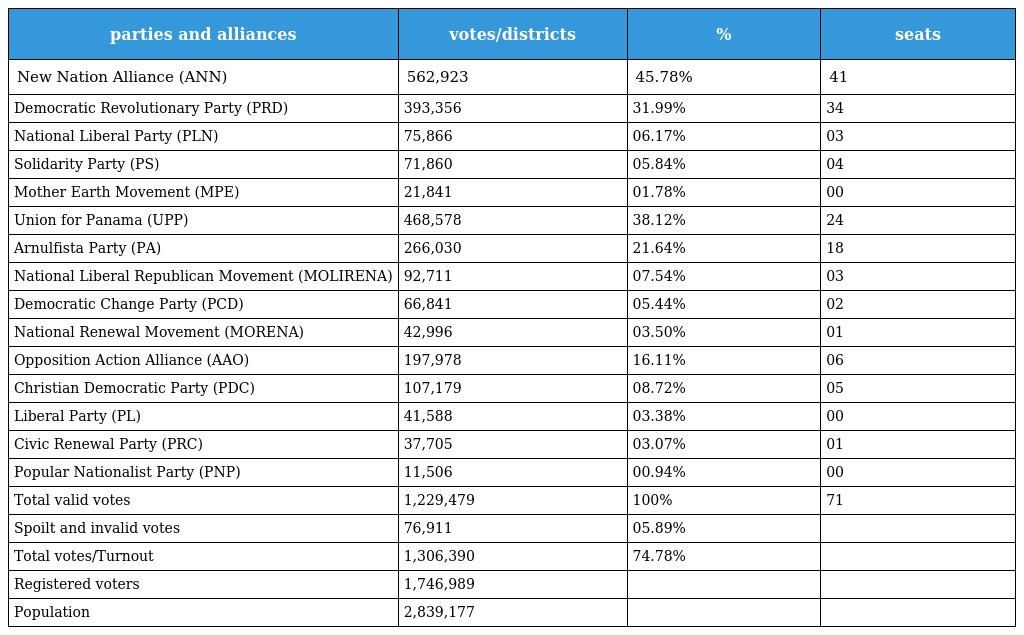
| parties and alliances | votes/districts | % | seats |
 | --- | --- | --- | --- |
 | New Nation Alliance (ANN) | 562,923 | 45.78% | 41 |
 | Democratic Revolutionary Party (PRD) | 393,356 | 31.99% | 34 |
 | National Liberal Party (PLN) | 75,866 | 06.17% | 03 |
 | Solidarity Party (PS) | 71,860 | 05.84% | 04 |
 | Mother Earth Movement (MPE) | 21,841 | 01.78% | 00 |
 | Union for Panama (UPP) | 468,578 | 38.12% | 24 |
 | Arnulfista Party (PA) | 266,030 | 21.64% | 18 |
 | National Liberal Republican Movement (MOLIRENA) | 92,711 | 07.54% | 03 |
 | Democratic Change Party (PCD) | 66,841 | 05.44% | 02 |
 | National Renewal Movement (MORENA) | 42,996 | 03.50% | 01 |
 | Opposition Action Alliance (AAO) | 197,978 | 16.11% | 06 |
 | Christian Democratic Party (PDC) | 107,179 | 08.72% | 05 |
 | Liberal Party (PL) | 41,588 | 03.38% | 00 |
 | Civic Renewal Party (PRC) | 37,705 | 03.07% | 01 |
 | Popular Nationalist Party (PNP) | 11,506 | 00.94% | 00 |
 | Total valid votes | 1,229,479 | 100% | 71 |
 | Spoilt and invalid votes | 76,911 | 05.89% |  |
 | Total votes/Turnout | 1,306,390 | 74.78% |  |
 | Registered voters | 1,746,989 |  |  |
 | Population | 2,839,177 |  |  |